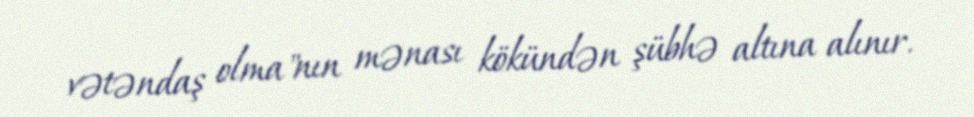
vətəndaş olma"nın mənası kökündən şübhə altına alınır.